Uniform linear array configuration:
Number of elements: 16
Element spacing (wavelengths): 0.5
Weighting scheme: blackman
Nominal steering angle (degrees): -15
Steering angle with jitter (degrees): -14.744
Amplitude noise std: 0.05
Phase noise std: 0.05

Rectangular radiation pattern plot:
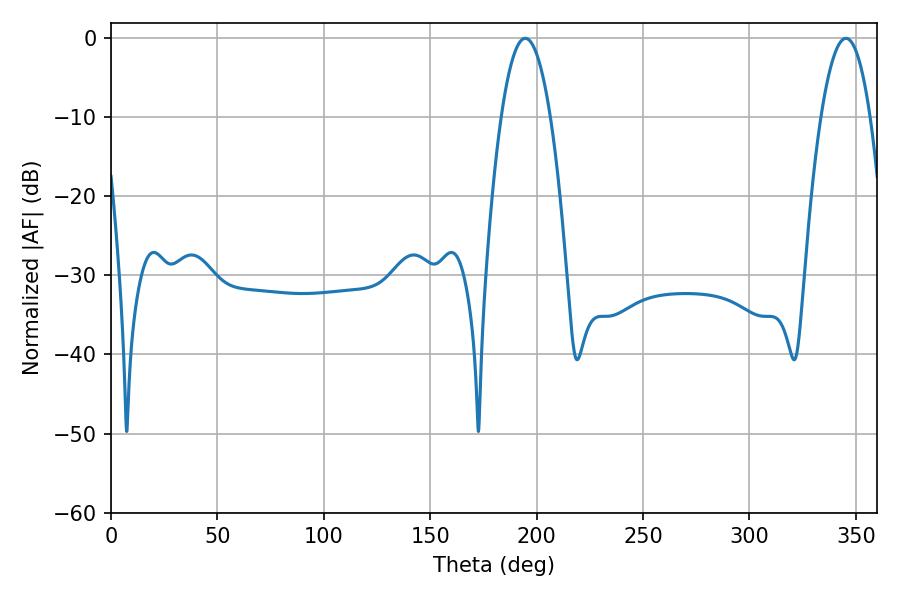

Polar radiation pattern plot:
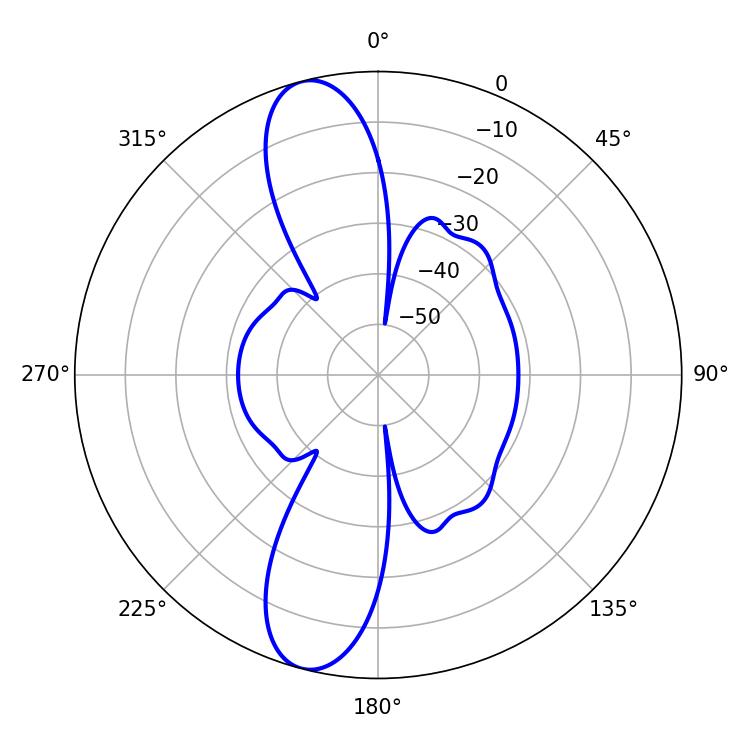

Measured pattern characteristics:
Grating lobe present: FALSE
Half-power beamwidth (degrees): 12.78
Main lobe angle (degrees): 194.58